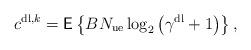
LaTeX: \begin{align*}c^{\mathrm{dl},k} = \mathsf{E} \left\lbrace B N_{\mathrm{ue}} \log_2\left( \gamma^{\mathrm{dl}} +1 \right) \right\rbrace,\end{align*}